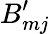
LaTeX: B_{mj}^{\prime}